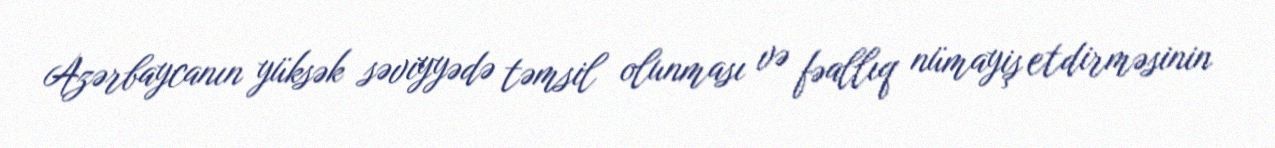
Azərbaycanın yüksək səviyyədə təmsil olunması və fəallıq nümayiş etdirməsinin